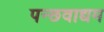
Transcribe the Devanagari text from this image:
पन्छवाद्यम